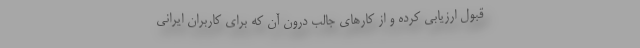
قبول ارزيابي كرده و از كارهاي جالب درون آن كه براي كاربران ايراني